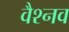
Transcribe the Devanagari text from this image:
वैश्नव